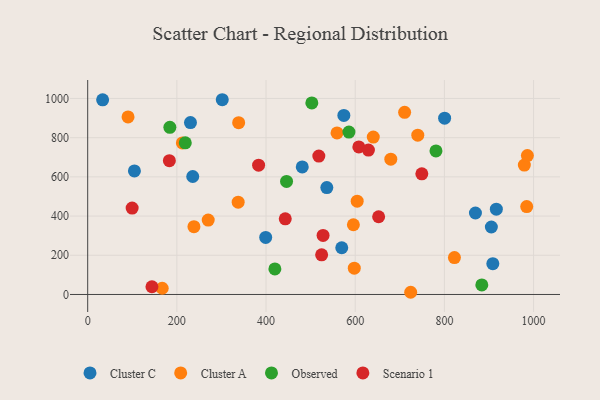
{"axis": {"x": "Price", "y": "Rating"}, "legend": ["Cluster A", "Cluster C", "Observed", "Scenario 1"], "data": [{"x": "574.5", "y": 913.5, "type": "Cluster C"}, {"x": "301.8", "y": 993.6, "type": "Cluster C"}, {"x": "481.2", "y": 650.9, "type": "Cluster C"}, {"x": "908.6", "y": 157.3, "type": "Cluster C"}, {"x": "536.3", "y": 545.3, "type": "Cluster C"}, {"x": "33.5", "y": 993.0, "type": "Cluster C"}, {"x": "235.6", "y": 602.0, "type": "Cluster C"}, {"x": "399.2", "y": 291.0, "type": "Cluster C"}, {"x": "569.8", "y": 238.3, "type": "Cluster C"}, {"x": "905.3", "y": 344.3, "type": "Cluster C"}, {"x": "869.6", "y": 415.7, "type": "Cluster C"}, {"x": "104.8", "y": 630.5, "type": "Cluster C"}, {"x": "230.5", "y": 876.8, "type": "Cluster C"}, {"x": "800.5", "y": 899.7, "type": "Cluster C"}, {"x": "916.5", "y": 435.3, "type": "Cluster C"}, {"x": "167.1", "y": 31.7, "type": "Cluster A"}, {"x": "270.3", "y": 379.5, "type": "Cluster A"}, {"x": "979.3", "y": 660.0, "type": "Cluster A"}, {"x": "822.5", "y": 188.0, "type": "Cluster A"}, {"x": "212.3", "y": 773.4, "type": "Cluster A"}, {"x": "724.4", "y": 11.2, "type": "Cluster A"}, {"x": "595.9", "y": 355.8, "type": "Cluster A"}, {"x": "740.3", "y": 812.8, "type": "Cluster A"}, {"x": "640.5", "y": 803.1, "type": "Cluster A"}, {"x": "604.4", "y": 476.1, "type": "Cluster A"}, {"x": "710.8", "y": 929.5, "type": "Cluster A"}, {"x": "337.5", "y": 470.9, "type": "Cluster A"}, {"x": "986.1", "y": 708.8, "type": "Cluster A"}, {"x": "338.6", "y": 876.5, "type": "Cluster A"}, {"x": "597.9", "y": 134.3, "type": "Cluster A"}, {"x": "559.2", "y": 824.4, "type": "Cluster A"}, {"x": "90.5", "y": 905.8, "type": "Cluster A"}, {"x": "679.8", "y": 690.2, "type": "Cluster A"}, {"x": "984.6", "y": 448.7, "type": "Cluster A"}, {"x": "238.3", "y": 346.0, "type": "Cluster A"}, {"x": "502.7", "y": 977.5, "type": "Observed"}, {"x": "781.1", "y": 732.4, "type": "Observed"}, {"x": "218.9", "y": 773.8, "type": "Observed"}, {"x": "585.9", "y": 828.5, "type": "Observed"}, {"x": "419.8", "y": 130.2, "type": "Observed"}, {"x": "184.3", "y": 852.7, "type": "Observed"}, {"x": "446.0", "y": 577.0, "type": "Observed"}, {"x": "883.9", "y": 48.8, "type": "Observed"}, {"x": "652.5", "y": 396.5, "type": "Scenario 1"}, {"x": "524.7", "y": 202.1, "type": "Scenario 1"}, {"x": "608.1", "y": 753.0, "type": "Scenario 1"}, {"x": "518.4", "y": 706.1, "type": "Scenario 1"}, {"x": "527.9", "y": 301.1, "type": "Scenario 1"}, {"x": "383.3", "y": 659.9, "type": "Scenario 1"}, {"x": "749.4", "y": 615.5, "type": "Scenario 1"}, {"x": "183.2", "y": 682.5, "type": "Scenario 1"}, {"x": "99.7", "y": 440.6, "type": "Scenario 1"}, {"x": "443.1", "y": 385.8, "type": "Scenario 1"}, {"x": "629.6", "y": 736.5, "type": "Scenario 1"}, {"x": "144.1", "y": 39.4, "type": "Scenario 1"}]}